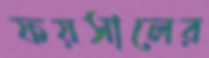
ফয়সালের